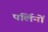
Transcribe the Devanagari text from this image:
पर्लिनों